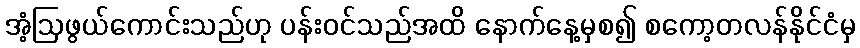
အံ့ဩဖွယ်ကောင်းသည်ဟု ပန်းဝင်သည်အထိ နောက်နေ့မှစ၍ စကော့တလန်နိုင်ငံမှ